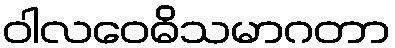
ဝါလဝေဓိသမာဂတာ